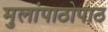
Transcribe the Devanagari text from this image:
मुलांपाठोपाठ